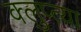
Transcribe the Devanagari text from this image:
क्लुप्त्या